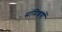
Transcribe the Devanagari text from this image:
संमिश्रणों